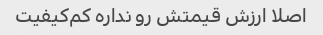
اصلا ارزش قیمتش رو نداره کم‌کیفیت